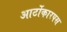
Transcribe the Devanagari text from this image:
आर्टोकारपस